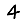
Digit: 4